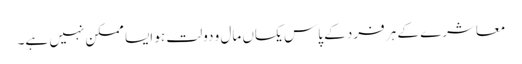
معاشرے کے ہر فرد کے پاس یکساں مال و دولت ہو ایسا ممکن نہیں ہے۔